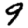
Digit: 9